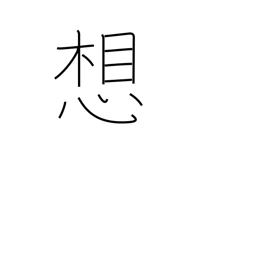
Meaning: thought